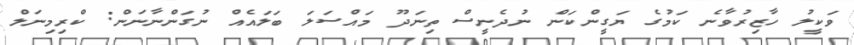
ވަކީލު ހާޒިރުވާނެ ކަމުގެ ޔަގީންކަން ނުދެނީސް ތިނަދޫ މައްސަލަ ބަލައެއް ނުގަންނާނަން: ކްރިމިނަލް